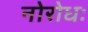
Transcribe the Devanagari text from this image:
नोरोधः